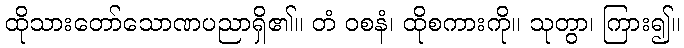
ထိုသားတော်သောဏပညာရှိ၏။ တံ ဝစနံ၊ ထိုစကားကို။ သုတွာ၊ ကြား၍။